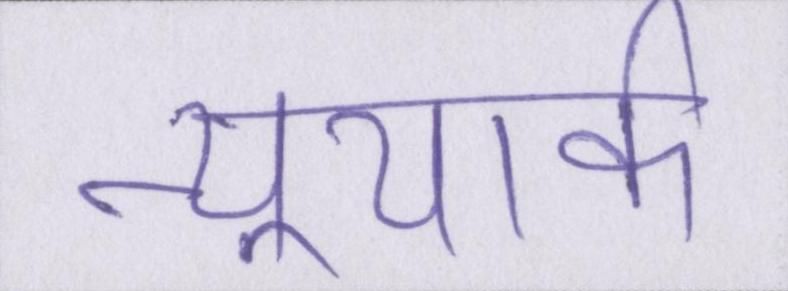
न्यूयार्क